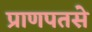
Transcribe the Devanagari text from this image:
प्राणपतसे